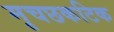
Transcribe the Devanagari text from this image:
मृचछकटिक